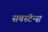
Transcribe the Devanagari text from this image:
सबस्टैन्स